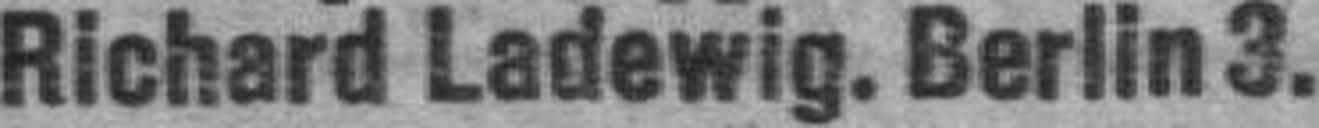
Richard Ladewig. Berlin 3.